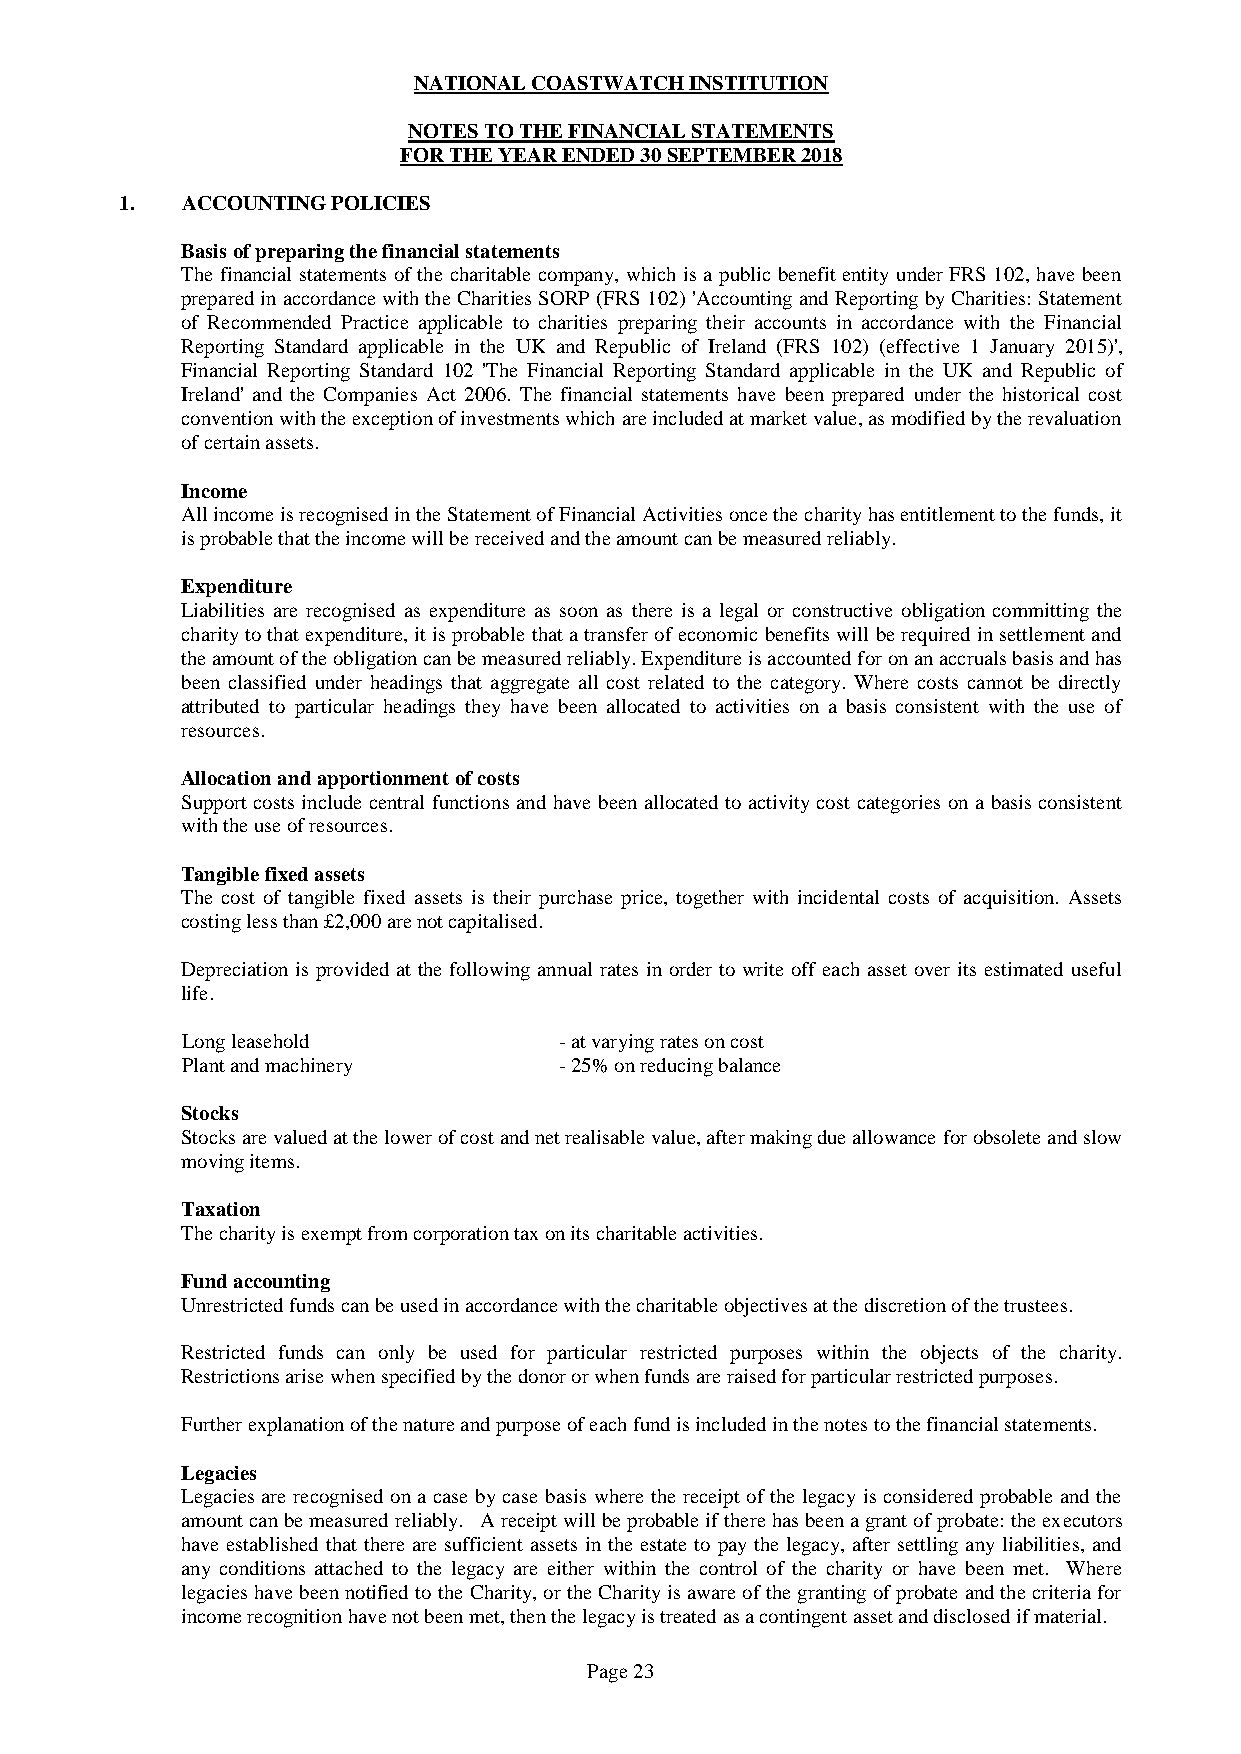
NATIONAL COASTWATCH INSTITUTION
 NOTES TO THE FINANCIAL STATEMENTS
 FOR THE YEAR ENDED 30 SEPTEMBER 2018
 1.  ACCOUNTING POLICIES
 Basis of preparing the financial statements
 The financial statements of the charitable company, which is a public benefit entity under FRS 102, have been
 prepared in accordance with the Charities SORP (FRS 102) 'Accounting and Reporting by Charities: Statement
 of Recommended Practice applicable to charities preparing their accounts in accordance with the Financial
 Reporting Standard applicable in the UK and Republic of Ireland (FRS 102) (effective 1 January 2015)',
 Financial Reporting Standard 102 'The Financial Reporting Standard applicable in the UK and Republic of
 Ireland' and the Companies Act 2006. The financial statements have been prepared under the historical cost
 convention with the exception of investments which are included at market value, as modified by the revaluation
 of certain assets.
 Income
 All income is recognised in the Statement of Financial Activities once the charity has entitlement to the funds, it
 is probable that the income will be received and the amount can be measured reliably.
 Expenditure
 Liabilities are recognised as expenditure as soon as there is a legal or constructive obligation committing the
 charity to that expenditure, it is probable that a transfer of economic benefits will be required in settlement and
 the amount of the obligation can be measured reliably. Expenditure is accounted for on an accruals basis and has
 been classified under headings that aggregate all cost related to the category. Where costs cannot be directly
 attributed to particular headings they have been allocated to activities on a basis consistent with the use of
 resources.
 Allocation and apportionment of costs
 Support costs include central functions and have been allocated to activity cost categories on a basis consistent
 with the use of resources.
 Tangible fixed assets
 The cost of tangible fixed assets is their purchase price, together with incidental costs of acquisition. Assets
 costing less than £2,000 are not capitalised.
 Depreciation is provided at the following annual rates in order to write off each asset over its estimated useful
 life.
 Long leasehold           - at varying rates on cost
 Plant and machinery      - 25% on reducing balance
 Stocks
 Stocks are valued at the lower of cost and net realisable value, after making due allowance for obsolete and slow
 moving items.
 Taxation
 The charity is exempt from corporation tax on its charitable activities.
 Fund accounting
 Unrestricted funds can be used in accordance with the charitable objectives at the discretion of the trustees.
 Restricted funds can only be used for particular restricted purposes within the objects of the charity.
 Restrictions arise when specified by the donor or when funds are raised for particular restricted purposes.
 Further explanation of the nature and purpose of each fund is included in the notes to the financial statements.
 Legacies
 Legacies are recognised on a case by case basis where the receipt of the legacy is considered probable and the
 amount can be measured reliably. A receipt will be probable if there has been a grant of probate: the executors
 have established that there are sufficient assets in the estate to pay the legacy, after settling any liabilities, and
 any conditions attached to the legacy are either within the control of the charity or have been met. Where
 legacies have been notified to the Charity, or the Charity is aware of the granting of probate and the criteria for
 income recognition have not been met, then the legacy is treated as a contingent asset and disclosed if material.
 Page 23